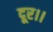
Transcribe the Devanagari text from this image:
दूर।।